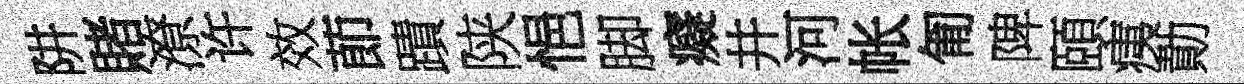
阱賭潦许效莭蹟陕悒脚癡井河帐匍陴頤痍勣